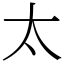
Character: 太